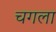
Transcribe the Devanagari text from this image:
चगला